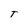
Character: T